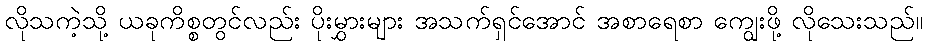
လိုသကဲ့သို့ ယခုကိစ္စတွင်လည်း ပိုးမွှားများ အသက်ရှင်အောင် အစာရေစာ ကျွေးဖို့ လိုသေးသည်။